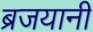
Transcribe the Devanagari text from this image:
ब्रजयानी